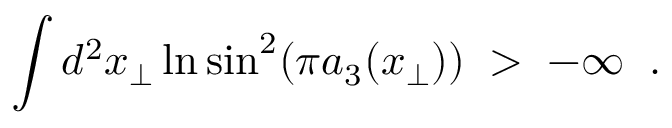
\int d ^ { 2 } x _ { \perp } \ln \sin ^ { 2 } ( \pi a _ { 3 } ( x _ { \perp } ) ) \; > \; - \infty \; \; .